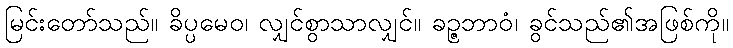
မြင်းတော်သည်။ ခိပ္ပမေဝ၊ လျှင်စွာသာလျှင်။ ခဉ္ဇဘာဝံ၊ ခွင်သည်၏အဖြစ်ကို။